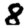
Digit: 8